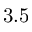
3 . 5